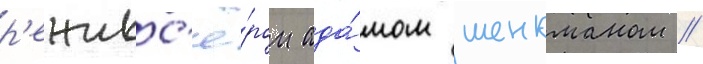
р'ежисс'ё́ром ада́мом шенкманом //